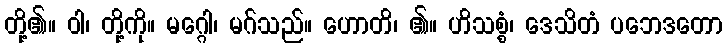
တို့၏။ ဝါ၊ တို့ကို။ မဂ္ဂေါ၊ မဂ်သည်။ ဟောတိ၊ ၏။ ဟိသစ္စံ၊ ဒေသိတံ ပဘေဒတော